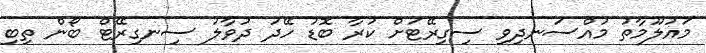
މައުލޫމާތު މުއްސަނދިވި ސިގިރޭޓަށް ކުރާ ބޮޑު ހޭދަ ދުވާލު ސިނގިރޭޓް ބޯން ތިބި